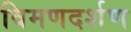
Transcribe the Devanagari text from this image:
विमणदर्शण